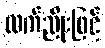
လက်ညိုးဖြင့်